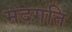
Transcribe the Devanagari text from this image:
मदगति